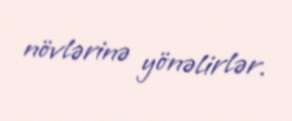
növlərinə yönəlirlər.